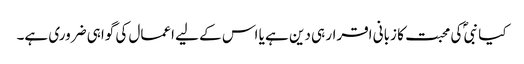
کیا نبیؐ کی محبت کا زبانی اقرار ہی دین ہے یا اس کے لیے اعمال کی گواہی ضروری ہے۔